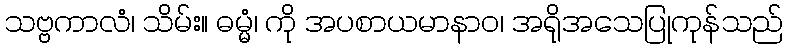
သဗ္ဗကာလံ၊ သိမ်း။ ဓမ္မံ၊ ကို အပစာယမာနာဝ၊ အရိုအသေပြုကုန်သည်